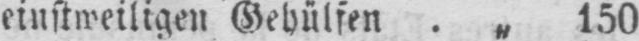
einstweiligen Gehülfen . „ 150